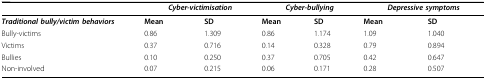
|  | <COLSPAN=2> Cyber-victimisation | <COLSPAN=2> Cyber-bullying | <COLSPAN=2> Depressive symptoms |
 | --- | --- | --- | --- | --- | --- | --- |
 | Traditional bully/victim behaviors | Mean | SD | Mean | SD | Mean | SD |
 | Bully-victims | 0.86 | 1.309 | 0.86 | 1.174 | 1.09 | 1.040 |
 | Victims | 0.37 | 0.716 | 0.14 | 0.328 | 0.79 | 0.894 |
 | Bullies | 0.10 | 0.250 | 0.37 | 0.705 | 0.42 | 0.647 |
 | Non-involved | 0.07 | 0.215 | 0.06 | 0.171 | 0.28 | 0.507 |